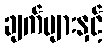
ချက်များနှင့်